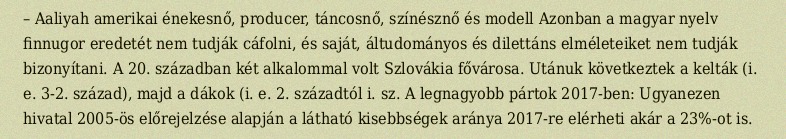
– Aaliyah amerikai énekesnő, producer, táncosnő, színésznő és modell Azonban a magyar nyelv finnugor eredetét nem tudják cáfolni, és saját, áltudományos és dilettáns elméleteiket nem tudják bizonyítani. A 20. században két alkalommal volt Szlovákia fővárosa. Utánuk következtek a kelták (i. e. 3-2. század), majd a dákok (i. e. 2. századtól i. sz. A legnagyobb pártok 2017-ben: Ugyanezen hivatal 2005-ös előrejelzése alapján a látható kisebbségek aránya 2017-re elérheti akár a 23%-ot is.